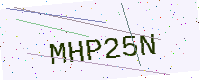
Text: MHP25N